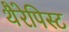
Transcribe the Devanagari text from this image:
थैरेपिस्ट